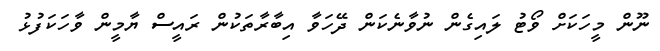
ނޫން މީހަކަށް ވޯޓު ލައިގެން ނުވާނެކަން ދޭހަވާ އިބާރާތަކުން ރައީސް ޔާމީން ވާހަކަފުޅު